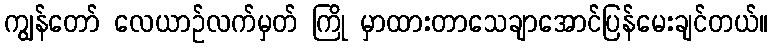
ကျွန်တော် လေယာဉ်လက်မှတ် ကြို မှာထားတာသေချာအောင်ပြန်မေးချင်တယ်။